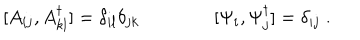
LaTeX: [ A _ { i j } , A _ { k l } ^ { \dagger } ] = \delta _ { i l } \delta _ { j k } \qquad \qquad [ \Psi _ { i } , \Psi _ { j } ^ { \dagger } ] = \delta _ { i j } \; .